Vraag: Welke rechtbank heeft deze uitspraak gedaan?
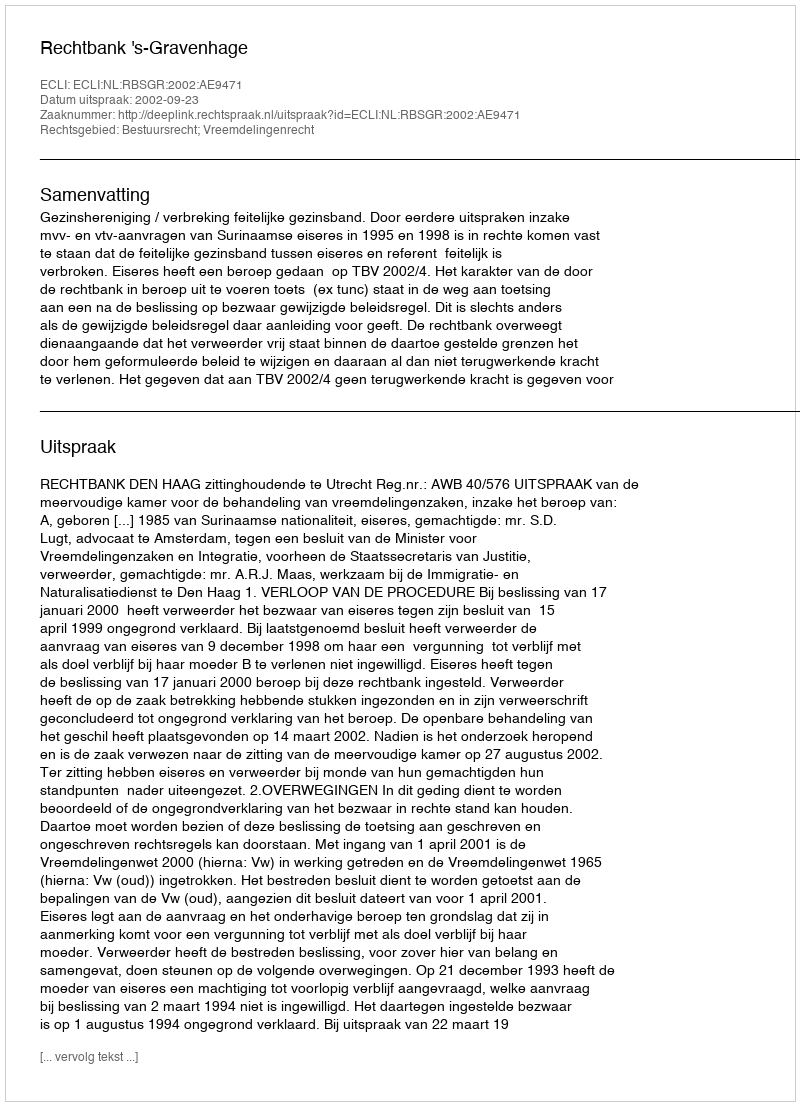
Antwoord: Rechtbank 's-Gravenhage